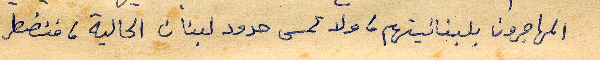
المهاجرون بلبنانيتهم، ولا تمس حدود لبنان الحالية ، فنضطر